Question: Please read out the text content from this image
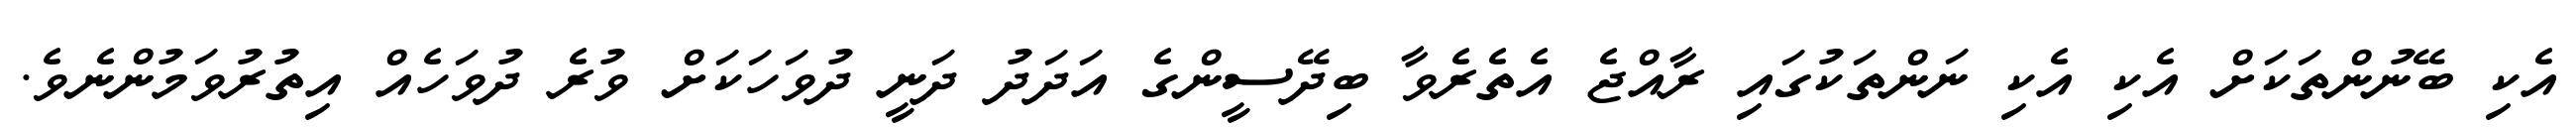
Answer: އެކި ބޭނުންތަކަށް އެކި އެކި ނަންތަކުގައި ރާއްޖެ އެތެރެވާ ބިދޭސީންގެ އަދަދު ދަނީ ދުވަހަކަށް ވުރެ ދުވަހެއް އިތުރުވަމުންނެވެ.